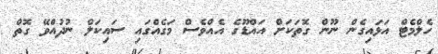
ހެލްމެޓް އަޅައިގެން ނޫން ގޮތަކަށް އައްޑޫގެ އެއްވެސް މަގެއްގައި ސައިކަލް ނުދުއްވޭ ގޮތް